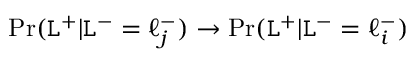
\operatorname* { P r } ( \mathtt { L } ^ { + } | \mathtt { L } ^ { - } = \ell _ { j } ^ { - } ) \rightarrow \operatorname* { P r } ( \mathtt { L } ^ { + } | \mathtt { L } ^ { - } = \ell _ { i } ^ { - } )